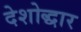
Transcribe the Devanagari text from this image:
देशोद्धार